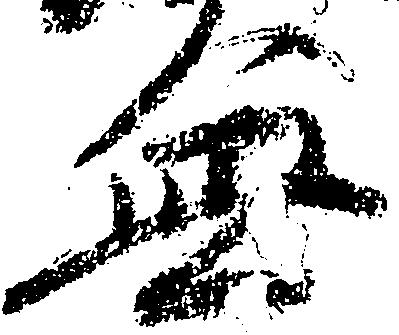
無